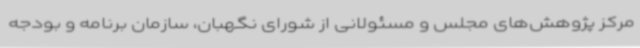
مرکز پژوهش‌های مجلس و مسئولانی از شورای نگهبان، سازمان برنامه و بودجه